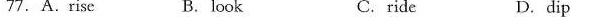
7.A.Rise B. look C. ride D.dip